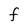
Character: F